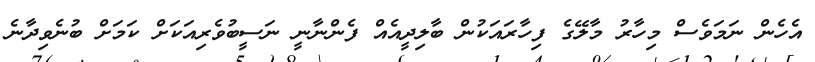
އެހެން ނަމަވެސް މިހާރު މާލޭގެ ފިހާރައަކުން ބާލިދީއެއް ފެންނާނީ ނަސީބުވެރިއަކަށް ކަމަށް ބުނެވިދާނެ